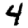
Digit: 4